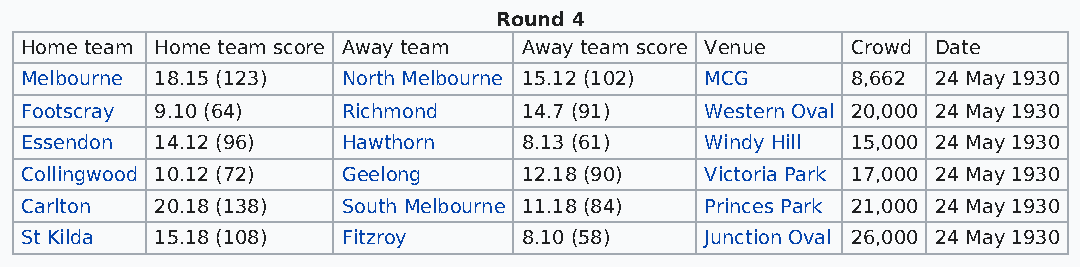
Round 4
 Home team Home team score Away team Away team score Venue Crowd Date
 Melbourne 18.15 (123) North Melbourne 15.12 (102) MCG  8,662 24 May 1930
 Footscray 9.10 (64)   Richmond    14.7 (91)   Western Oval 20,000 24 May 1930
 Essendon 14.12 (96)   Hawthorn    8.13 (61)   Windy Hill 15,000 24 May 1930
 Collingwood 10.12 (72) Geelong    12.18 (90)  Victoria Park 17,000 24 May 1930
 Carlton  20.18 (138)  South Melbourne 11.18 (84) Princes Park 21,000 24 May 1930
 St Kilda 15.18 (108)  Fitzroy     8.10 (58)   Junction Oval 26,000 24 May 1930